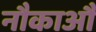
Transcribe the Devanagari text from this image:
नौकाआैं